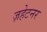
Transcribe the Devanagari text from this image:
ज़हेटनर